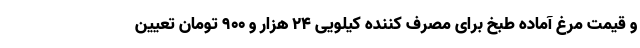
و قیمت مرغ آماده طبخ برای مصرف کننده کیلویی ۲۴ هزار و ۹۰۰ تومان تعیین